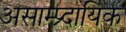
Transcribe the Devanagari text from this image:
असाम्प्र्दायिक